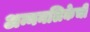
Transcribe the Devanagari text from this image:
अन्ननलिकेची